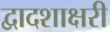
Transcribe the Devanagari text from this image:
द्वादशाक्षरी